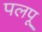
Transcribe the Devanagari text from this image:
पलपू